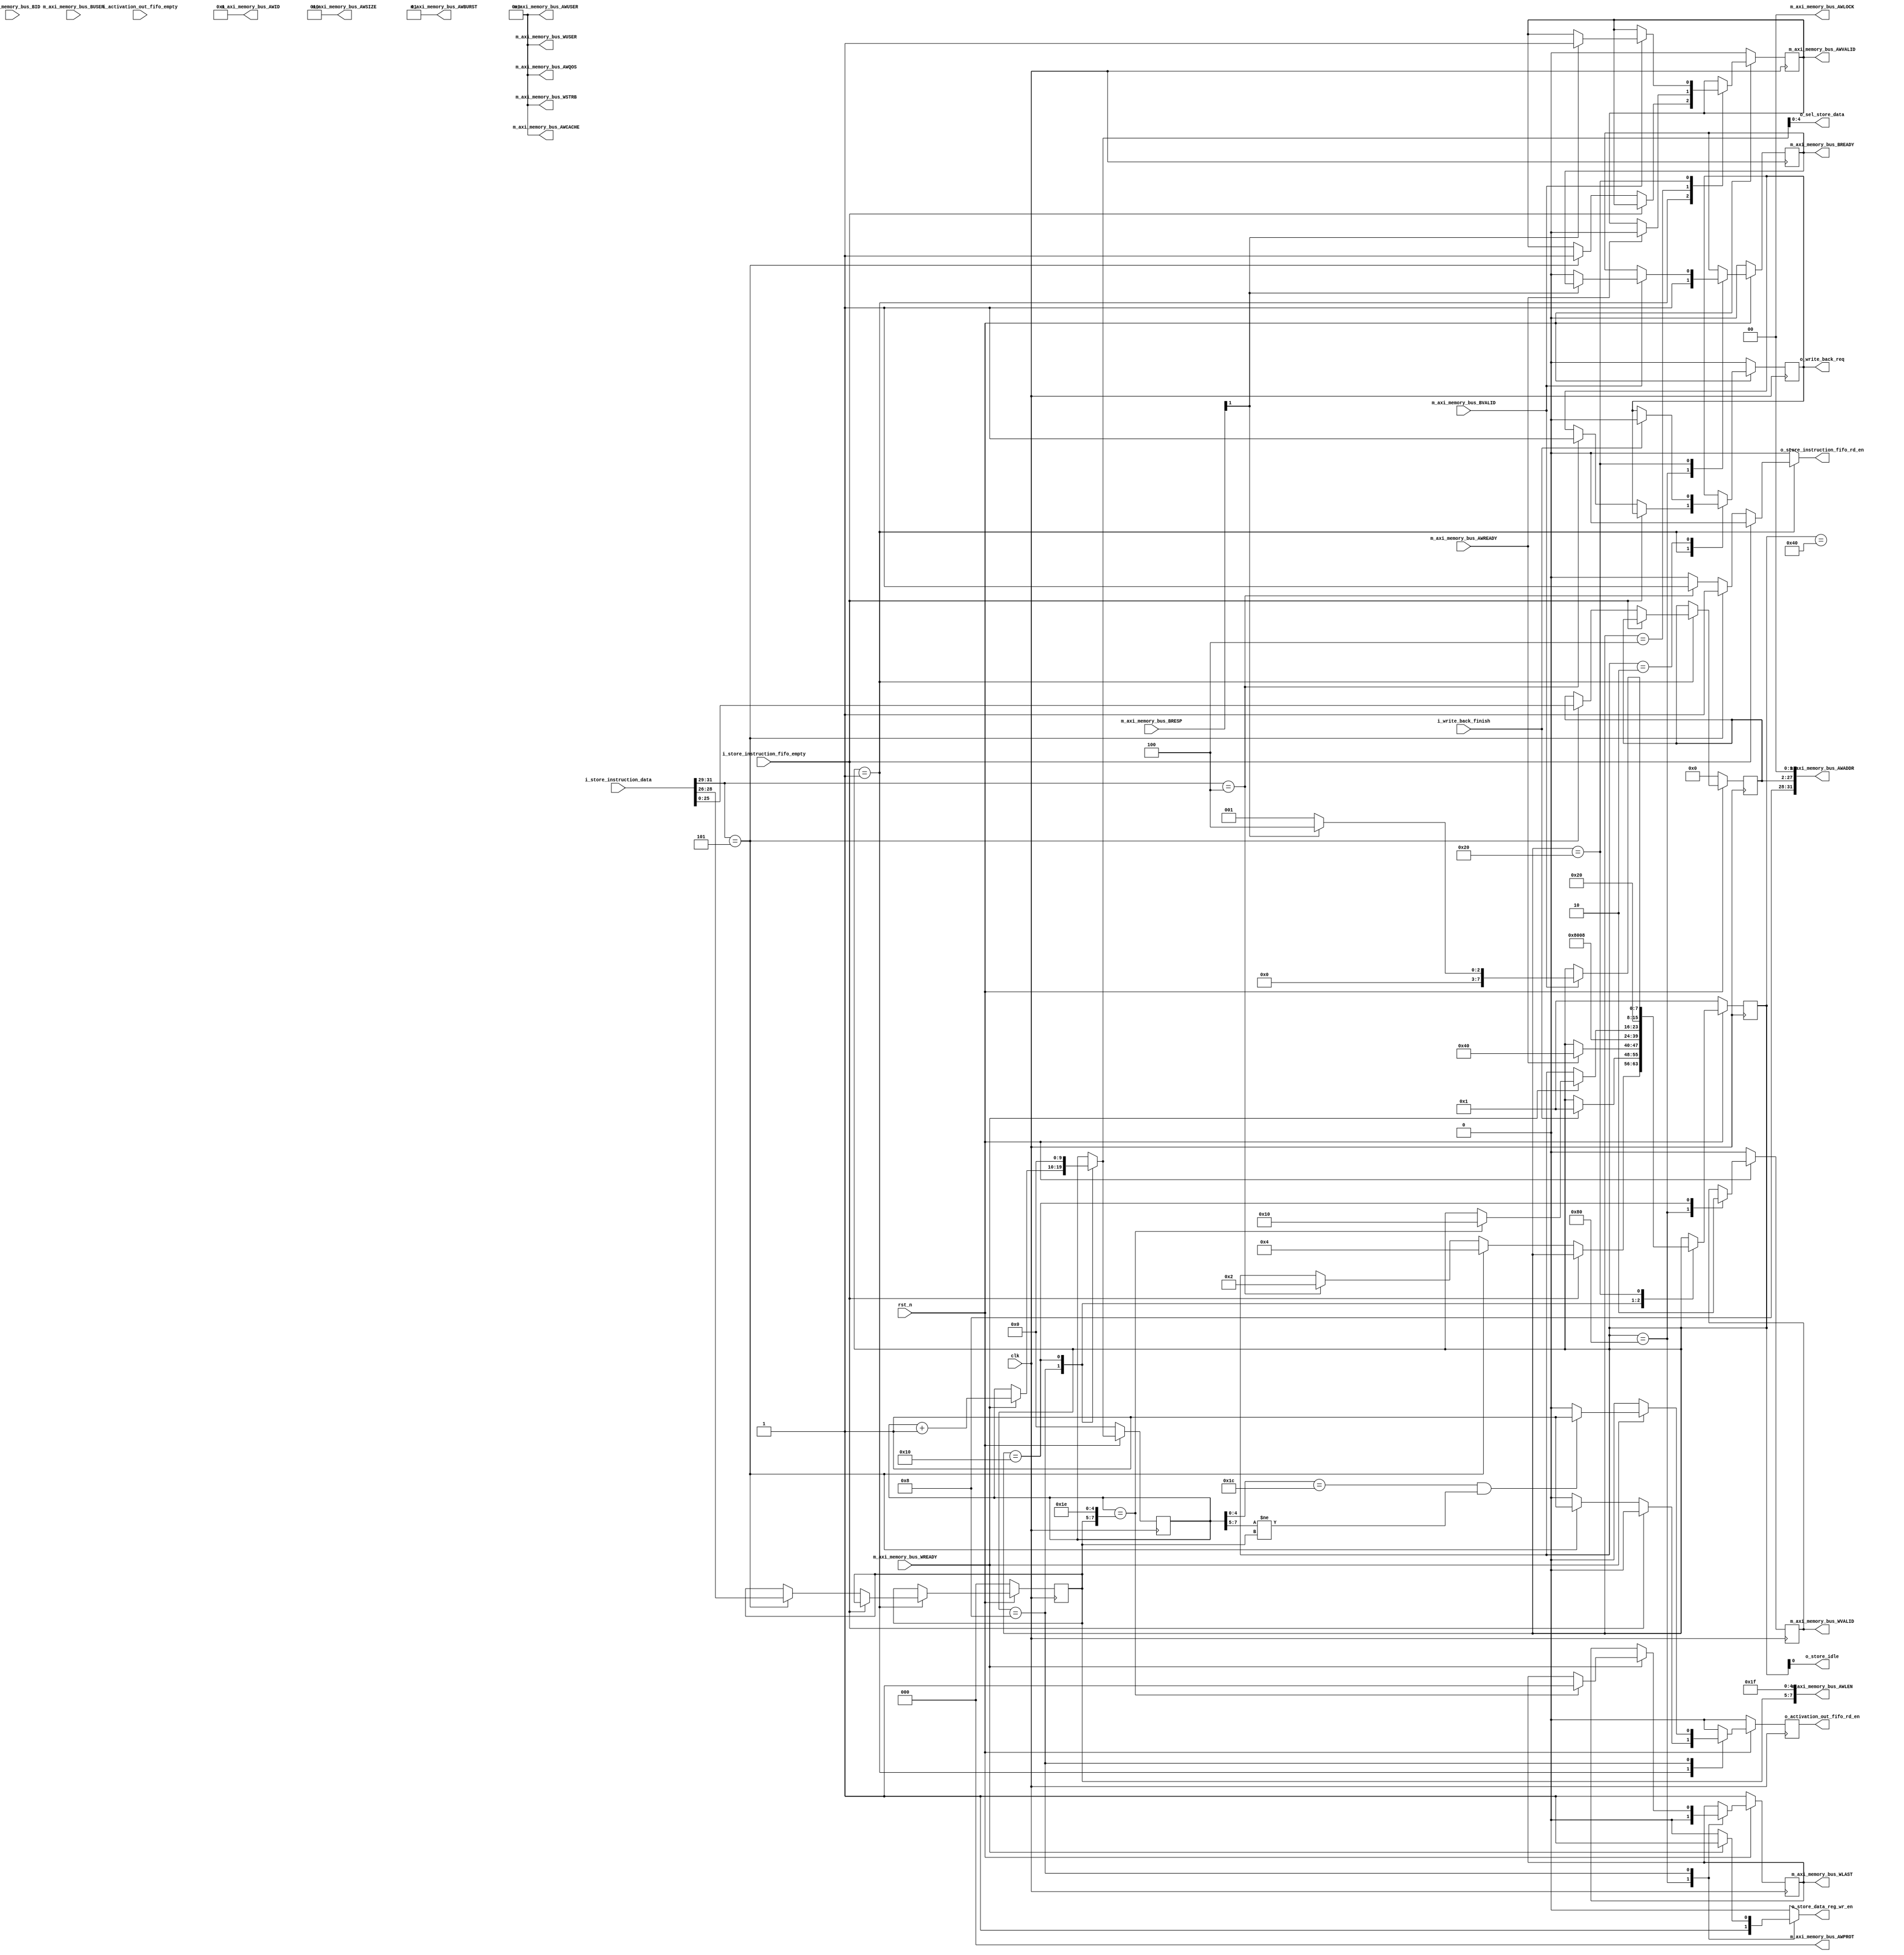
`timescale 1ns / 1ps
//////////////////////////////////////////////////////////////////////////////////
// 
// Design Name: 
// Module Name: store_control
// Project Name: 
// Target Devices: 
// Tool Versions: 
// Description: 
// 
// Dependencies: 
// 
// Revision:
// Revision 0.01 - File Created
// Additional Comments:
// 
//////////////////////////////////////////////////////////////////////////////////


module store_control
#(
  parameter QUNATIZED_MANTISSA_WIDTH = 7,
  parameter EXPONENT_WIDTH = 8,
  parameter ACTIVATION_WR_BASE_ADDR = 4'h8,

  parameter AXI_WIDTH_USER =1,              // Master ID
  parameter AXI_WIDTH_ID   =4,              // ID width in bits
  parameter AXI_WIDTH_AD   =32,             // address width
  parameter AXI_WIDTH_DA   =32,             // data width
  parameter AXI_WIDTH_DS =(AXI_WIDTH_DA/8), // data strobe width
  parameter AXI_LITE_WIDTH_AD   =32,        // axi lite address width
  parameter AXI_LITE_WIDTH_DA   =32,        // axi lite data width
  parameter AXI_LITE_WIDTH_DS =(AXI_LITE_WIDTH_DA/8), // data strobe width
  
  //Load
  
  //Excute
  parameter MAC_ACC_WIDTH = 48,
  parameter BUFFER_ADDR_WIDTH = 15,
  parameter ACCUM_DATA_WIDTH = 32,
  parameter ACCUM_ADDR_WIDTH = 8,
  
  //Activation
  parameter PARAM_ROM_ADDR_WIDTH = 8
  
  //Store
)
(
  input wire clk, rst_n,

  //AXI MASTER////////////////////////////////////////////////////////////////////
  //Write Channels
  //write address
  output wire                         m_axi_memory_bus_AWVALID,
  input  wire                         m_axi_memory_bus_AWREADY,
  output wire [AXI_WIDTH_AD-1:0]      m_axi_memory_bus_AWADDR,
  output wire [AXI_WIDTH_ID-1:0]      m_axi_memory_bus_AWID,
  output wire [7:0]                   m_axi_memory_bus_AWLEN,
  output wire [2:0]                   m_axi_memory_bus_AWSIZE,
  output wire [1:0]                   m_axi_memory_bus_AWBURST,
  output wire [1:0]                   m_axi_memory_bus_AWLOCK,
  output wire [3:0]                   m_axi_memory_bus_AWCACHE,
  output wire [2:0]                   m_axi_memory_bus_AWPROT,
  output wire [3:0]                   m_axi_memory_bus_AWQOS,
  //output wire [3:0]                   m_axi_memory_bus_AWREGION,
  output wire [3:0]                   m_axi_memory_bus_AWUSER,

  //write data
  output wire                         m_axi_memory_bus_WVALID,
  input  wire                         m_axi_memory_bus_WREADY,
  output wire [AXI_WIDTH_DS-1:0]      m_axi_memory_bus_WSTRB,
  output wire                         m_axi_memory_bus_WLAST,
  //output wire [AXI_WIDTH_ID-1:0]      m_axi_memory_bus_WID,
  output wire [3:0]                   m_axi_memory_bus_WUSER,

  //write response
  input  wire                         m_axi_memory_bus_BVALID,
  output wire                         m_axi_memory_bus_BREADY,
  input  wire [1:0]                   m_axi_memory_bus_BRESP,
  input  wire [AXI_WIDTH_ID-1:0]      m_axi_memory_bus_BID,
  input  wire                         m_axi_memory_bus_BUSER,
 
  //Instruction fetch control/////////////////////////////////////////////////////
  input  wire                         i_store_instruction_fifo_empty,
  input  wire [31:0]                  i_store_instruction_data,
  output wire                         o_store_instruction_fifo_rd_en,

  output wire                         o_store_idle,
  //Write back control///////////////////////////////////////////////////////////
  input  wire                         i_write_back_finish,
  output wire                         o_write_back_req,
  
  //Store Control Signals///////////////////////////////////////////////////////
  input   wire                        i_activation_out_fifo_empty,
  output  wire                        o_activation_out_fifo_rd_en,
  output  wire                        o_store_data_reg_wr_en,
  output  wire [4:0]                  o_sel_store_data
  /////////////////////////////////////////////////////////////////////////////
);

  localparam
  IDLE                             = 8'b00000001,
  BUSYWB                           = 8'b00000010,
  BUSYSTOR                         = 8'b00000100,
  BURSTWRITE                       = 8'b00001000,
  BURSTLAST                        = 8'b00010000,
  BURSTRESP                        = 8'b00100000,
  WAIT                             = 8'b01000000,
  WAIT2                            = 8'b10000000;

  reg [7:0]                          state_reg;
  reg [7:0]                          state_nxt;

  //AXI MASTER////////////////////////////////////////////////////////////////
  //Write Channels
  //write address
  reg                                m_axi_memory_bus_AWVALID_reg;
  reg                                m_axi_memory_bus_AWVALID_nxt;
  reg [AXI_WIDTH_AD-1-6:0]           m_axi_memory_bus_AWADDR_reg;
  reg [AXI_WIDTH_AD-1-6:0]           m_axi_memory_bus_AWADDR_nxt;
  reg [7-5:0]                        m_axi_memory_bus_AWLEN_reg;
  reg [7-5:0]                        m_axi_memory_bus_AWLEN_nxt;

  //write data
  reg                                m_axi_memory_bus_WVALID_reg;
  reg                                m_axi_memory_bus_WVALID_nxt;
  reg                                m_axi_memory_bus_WLAST_reg;
  reg                                m_axi_memory_bus_WLAST_nxt;

  //write response
  reg                                m_axi_memory_bus_BREADY_reg;
  reg                                m_axi_memory_bus_BREADY_nxt;
  
  //Instruction fetch control/////////////////////////////////////////////////
  reg                                store_instruction_fifo_rd_en;
  
  //Write back control///////////////////////////////////////////////////////
  reg                                write_back_req_reg;
  reg                                o_write_back_req_nxt;
  
  //Store Control Signals///////////////////////////////////////////////////
  reg                               activation_out_fifo_rd_en_reg;
  reg                               activation_out_fifo_rd_en_nxt;
  //reg                               store_data_reg_wr_en_reg;
  reg                               store_data_reg_wr_en;
  /////////////////////////////////////////////////////////////////////////

  reg [9:0]                         counter_ptr_reg;
  reg [9:0]                         counter_ptr_nxt;
  reg [2:0]                         ddr_inc_inst_reg;
  reg [2:0]                         ddr_inc_inst_nxt;


  always @(posedge clk)
  begin
    if(rst_n==1'b0)
    begin

      state_reg <= IDLE;
      //AXI MASTER//////////////////////////////////////////////////////
      //Write Channels
      //write address
      m_axi_memory_bus_AWVALID_reg <= 'd0;
      m_axi_memory_bus_AWADDR_reg <= 'd0;
      m_axi_memory_bus_AWLEN_reg <= 'd0;

      //write data
      m_axi_memory_bus_WVALID_reg <= 'd0;
      m_axi_memory_bus_WLAST_reg <= 1'b1;

      //write response
      m_axi_memory_bus_BREADY_reg <= 'd0;

      //Write back control///////////////////////////////////////////////////////
      write_back_req_reg <= 'd0;

      //Store Control Signals///////////////////////////////////////////////////
      activation_out_fifo_rd_en_reg <= 'd0;
      //store_data_reg_wr_en_reg <= 'd0;
      /////////////////////////////////////////////////////////////////////////
      counter_ptr_reg <= 'd0;
      ddr_inc_inst_reg <= 'd0;
    end
    else
    begin
      state_reg <= state_nxt;
      //AXI MASTER//////////////////////////////////////////////////////
      //Write Channels
      //write address
      m_axi_memory_bus_AWVALID_reg <= m_axi_memory_bus_AWVALID_nxt;
      m_axi_memory_bus_AWADDR_reg <= m_axi_memory_bus_AWADDR_nxt;
      m_axi_memory_bus_AWLEN_reg <= m_axi_memory_bus_AWLEN_nxt;

      //write data
      m_axi_memory_bus_WVALID_reg <= m_axi_memory_bus_WVALID_nxt;
      m_axi_memory_bus_WLAST_reg <= m_axi_memory_bus_WLAST_nxt;

      //write response
      m_axi_memory_bus_BREADY_reg <= m_axi_memory_bus_BREADY_nxt;

      //Write back control///////////////////////////////////////////////////////
      write_back_req_reg <= o_write_back_req_nxt;

      //Store Control Signals///////////////////////////////////////////////////
      activation_out_fifo_rd_en_reg <= activation_out_fifo_rd_en_nxt;
      //store_data_reg_wr_en_reg <= store_data_reg_wr_en_nxt;
      /////////////////////////////////////////////////////////////////////////
      counter_ptr_reg <= counter_ptr_nxt;
      ddr_inc_inst_reg <= ddr_inc_inst_nxt;
      ////////////////////////////////////////////////////////////////////////
    end
  end  

  always @(*) 
  begin
    state_nxt = state_reg;
    //AXI MASTER//////////////////////////////////////////////////////
    //Write Channels
    //write address
    m_axi_memory_bus_AWVALID_nxt = m_axi_memory_bus_AWVALID_reg;
    m_axi_memory_bus_AWADDR_nxt = m_axi_memory_bus_AWADDR_reg;
    m_axi_memory_bus_AWLEN_nxt = m_axi_memory_bus_AWLEN_reg;

    //write data
    m_axi_memory_bus_WVALID_nxt = m_axi_memory_bus_WVALID_reg;
    m_axi_memory_bus_WLAST_nxt = m_axi_memory_bus_WLAST_reg;

    //write response
    m_axi_memory_bus_BREADY_nxt = m_axi_memory_bus_BREADY_reg;
    //Instruction fetch control////////////////////////////////////////////////
    store_instruction_fifo_rd_en = 1'b0;

    //Write back control///////////////////////////////////////////////////////
    o_write_back_req_nxt = write_back_req_reg;

    //Store Control Signals////////////////////////////////////////////////////
    activation_out_fifo_rd_en_nxt = 1'b0;
    store_data_reg_wr_en = 1'b0;
    //store_data_reg_wr_en_nxt = store_data_reg_wr_en_reg;
    //////////////////////////////////////////////////////////////////////////
    counter_ptr_nxt = counter_ptr_reg;
    ddr_inc_inst_nxt = ddr_inc_inst_reg;
    //////////////////////////////////////////////////////////////////////////

    case(state_reg)
      IDLE:
      begin
        if(!i_store_instruction_fifo_empty)
        begin
          if(i_store_instruction_data[31:29] == 3'b100)
          begin
            state_nxt = BUSYWB;
            o_write_back_req_nxt = 1'b1;
            store_instruction_fifo_rd_en = 1'b1;
            
          end
          if(i_store_instruction_data[31:29] == 3'b101)
          begin
            state_nxt = BUSYSTOR;
            store_instruction_fifo_rd_en = 1'b1;
            activation_out_fifo_rd_en_nxt = 1'b1;
            
            //store instruction fetch
            m_axi_memory_bus_AWADDR_nxt = i_store_instruction_data[25:0];
            m_axi_memory_bus_AWLEN_nxt = i_store_instruction_data[28:26];
            m_axi_memory_bus_AWVALID_nxt = 1'b1;
          end
        end
      end

      BUSYWB:
      begin
        if(i_write_back_finish)
        begin
          state_nxt = IDLE;
          o_write_back_req_nxt = 1'b0;
        end
      end

      BUSYSTOR:
      begin
        if(m_axi_memory_bus_AWREADY)
        begin
          m_axi_memory_bus_AWVALID_nxt = 1'b0;
          state_nxt = WAIT;
        end
      end

      WAIT:
      begin
        state_nxt = WAIT2;
      end

      WAIT2:
      begin
        store_data_reg_wr_en = 1'b1;
        m_axi_memory_bus_WVALID_nxt = 1'b1;
        m_axi_memory_bus_WLAST_nxt = 1'b0;
        m_axi_memory_bus_BREADY_nxt = 1'b1;
        state_nxt = BURSTWRITE;
      end

      BURSTWRITE:
      begin
        if(m_axi_memory_bus_WREADY)
        begin
          store_data_reg_wr_en = 1'b1;
          counter_ptr_nxt = counter_ptr_reg + 1;
          if((counter_ptr_reg[4:0] == 5'b11100) &
             (counter_ptr_reg[7:5] != m_axi_memory_bus_AWLEN_nxt))
          begin
            activation_out_fifo_rd_en_nxt = 1'b1;
          end
          if(counter_ptr_reg == {m_axi_memory_bus_AWLEN_nxt, 5'b11110})
          begin
            m_axi_memory_bus_WLAST_nxt = 1'b1;
            state_nxt = BURSTLAST;
          end
        end
      end

      BURSTLAST:
      begin
        state_nxt = BURSTRESP;
        counter_ptr_nxt = 'd0;
        //m_axi_memory_bus_WLAST_nxt = 1'b0;
        m_axi_memory_bus_WVALID_nxt = 1'b0;
      end

      BURSTRESP:
      begin
        if(m_axi_memory_bus_BVALID)
        begin
          if(m_axi_memory_bus_BRESP[1])
          begin
            //error
            state_nxt = BUSYSTOR;
            m_axi_memory_bus_AWVALID_nxt = 1'b1;
          end
          else
          begin
            //complete
            state_nxt = IDLE;
            m_axi_memory_bus_BREADY_nxt = 1'b0;
          end
        end
      end
    endcase
  end

  //AXI MASTER//////////////////////////////////////////////////////
  //Write Channels
  //write address
  assign m_axi_memory_bus_AWVALID = m_axi_memory_bus_AWVALID_reg;
  assign m_axi_memory_bus_AWADDR = {ACTIVATION_WR_BASE_ADDR, m_axi_memory_bus_AWADDR_reg, 2'b00};

  assign m_axi_memory_bus_AWID = 4'b0001;
  assign m_axi_memory_bus_AWLEN = {m_axi_memory_bus_AWLEN_reg, 5'b11111};
  assign m_axi_memory_bus_AWSIZE = 3'b010;
  assign m_axi_memory_bus_AWBURST = 2'b01;

  assign m_axi_memory_bus_AWLOCK = 2'b00;
  assign m_axi_memory_bus_AWCACHE = 'b0;
  assign m_axi_memory_bus_AWPROT = 'b0;
  assign m_axi_memory_bus_AWQOS = 'b0;
  //assign m_axi_memory_bus_AWREGION = 'b0;
  assign m_axi_memory_bus_AWUSER = 4'b0000;

  //write data
  assign m_axi_memory_bus_WVALID = m_axi_memory_bus_WVALID_reg;
  assign m_axi_memory_bus_WSTRB = 'b0;
  assign m_axi_memory_bus_WLAST = m_axi_memory_bus_WLAST_reg;

  //assign m_axi_memory_bus_WID = 4'b0001;
  assign m_axi_memory_bus_WUSER = 4'b0000;

  //write response
  assign m_axi_memory_bus_BREADY = m_axi_memory_bus_BREADY_reg;

  //Write back control///////////////////////////////////////////////////////
  assign o_write_back_req = write_back_req_reg;

  assign o_store_instruction_fifo_rd_en = store_instruction_fifo_rd_en;

  //Store Control Signals///////////////////////////////////////////////////
  assign o_activation_out_fifo_rd_en = activation_out_fifo_rd_en_reg;
  assign o_store_data_reg_wr_en = store_data_reg_wr_en;
  assign o_sel_store_data = counter_ptr_nxt[4:0];
  /////////////////////////////////////////////////////////////////////////

  assign o_store_idle = state_reg[0];
  
endmodule